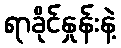
ရာခိုင်နှုန်းနဲ့